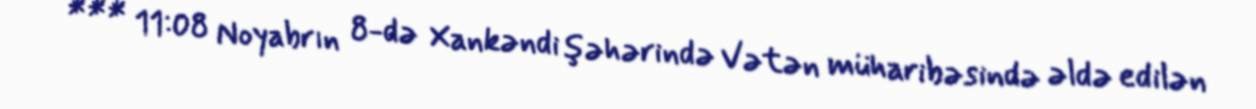
*** 11:08 Noyabrın 8-də Xankəndi şəhərində Vətən müharibəsində əldə edilən